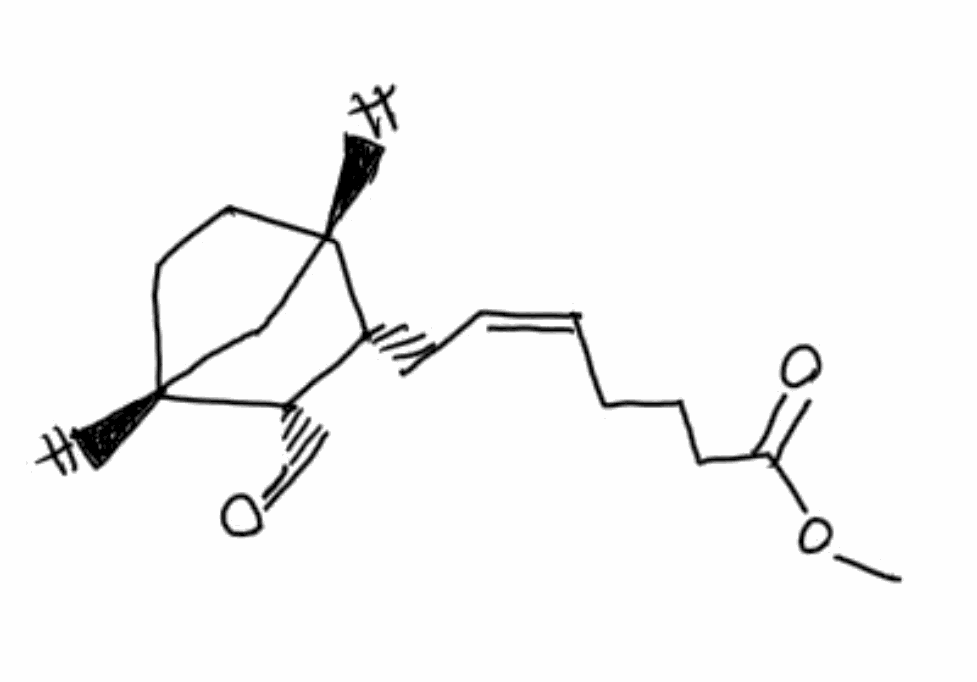
Simplified molecular-input line-entry system (SMILES) notation of the given molecule:
COC(=O)CCC/C=C\C[C@H]1[C@H]2CC[C@H](C2)[C@H]1C=O